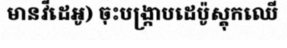
មានវីដេអូ) ចុះបង្ក្រាបដេប៉ូស្តុកឈើ